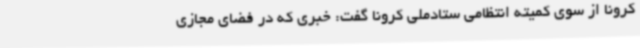
کرونا از سوی کمیته انتظامی ستادملی کرونا گفت: خبری که در فضای مجازی